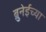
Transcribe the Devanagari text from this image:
ब्रुनेईच्या